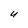
Character: U